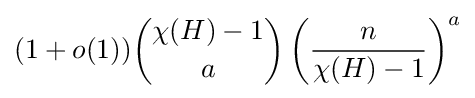
(1+o(1)){\binom {\chi (H)-1}{a}}\left({\frac {n}{\chi (H)-1}}\right)^{a}